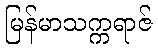
မြန်မာသက္ကရာဇ်